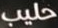
حليب